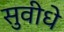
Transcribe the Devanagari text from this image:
सुवीधे